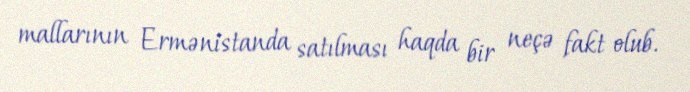
mallarının Ermənistanda satılması haqda bir neçə fakt olub.